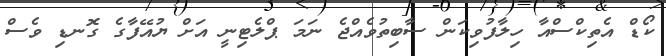
ކޯޑް އެތިކްސްއާ ހިލާފުވިކަން ސާބިތުވެއްޖެ ނަމަ ޕްލެޓިނީ އަށް ޔުއޭފާގެ ގޮނޑި ވެސް